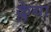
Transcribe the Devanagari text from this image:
क्लेया